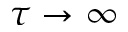
\tau \to \infty